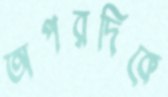
অপরদিকে